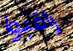
راقبوا